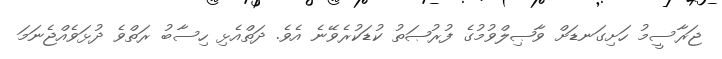
ޖަރާސީމު ހަށިގަނޑަށް ވާޞިލްވުމުގެ ފުރުޞަތު ކުޑަކުރެވޭނެ އެވެ. ދަތްއެޅި ހިސާބު ރަތްވެ ދުޅަވެއްޖެނަމަ